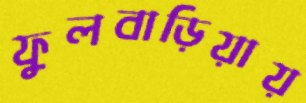
ফুলবাড়িয়ায়